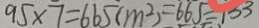
9 5 \times 7 = 6 6 5 ( m ^ { 2 } ) = 6 6 5 = 1 3 3